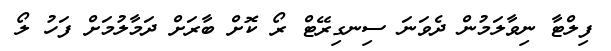
ފިލްޓާ ނިވާލަމުން ދެވަނަ ސިނގިރޭޓް ރޯ ކޮށް ބާރަށް ދަމާލުމަށް ފަހު ލޯ